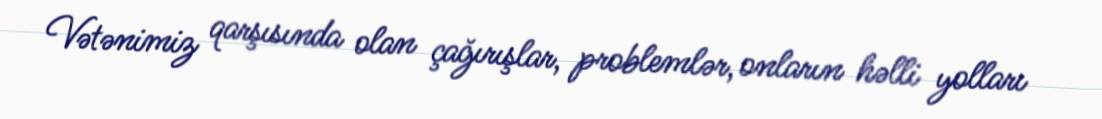
Vətənimiz qarşısında olan çağırışlar, problemlər, onların həlli yolları